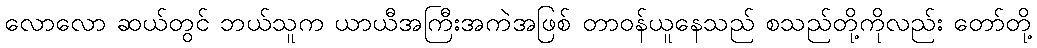
လောလော ဆယ်တွင် ဘယ်သူက ယာယီအကြီးအကဲအဖြစ် တာဝန်ယူနေသည် စသည်တို့ကိုလည်း တော်တို့